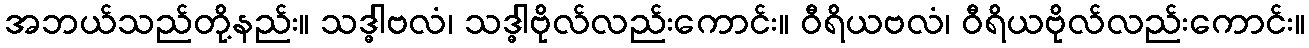
အဘယ်သည်တို့နည်း။ သဒ္ဓါဗလံ၊ သဒ္ဓါဗိုလ်လည်းကောင်း။ ဝီရိယဗလံ၊ ဝီရိယဗိုလ်လည်းကောင်း။